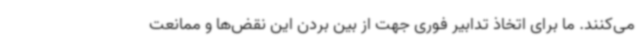
می‌کنند. ما برای اتخاذ تدابیر فوری جهت از بین بردن این نقض‌ها و ممانعت